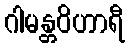
ဂါမန္တဝိဟာရီ